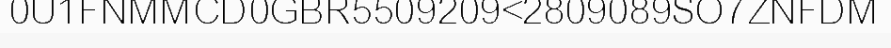
0U1FNMMCD0GBR5509209<2809089SO7ZNFDM